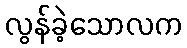
လွန်ခဲ့သောလက